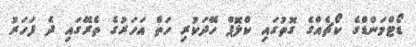
ޑޯޓްމަންޑްގެ ކޯޗެއްގެ ގޮތުގައި ކްލޮޕް ހޭދަކުރި ހަތް އަހަރުގެ ތެރޭގައި ދެ ފަހަރު